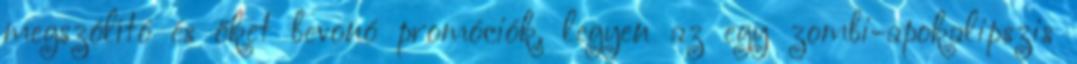
megszólító és őket bevonó promóciók, legyen az egy zombi-apokalipszis